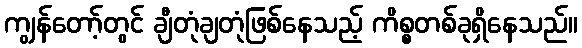
ကျွန်တော့်တွင် ချီတုံချတုံဖြစ်နေသည့် ကိစ္စတစ်ခုရှိနေသည်။